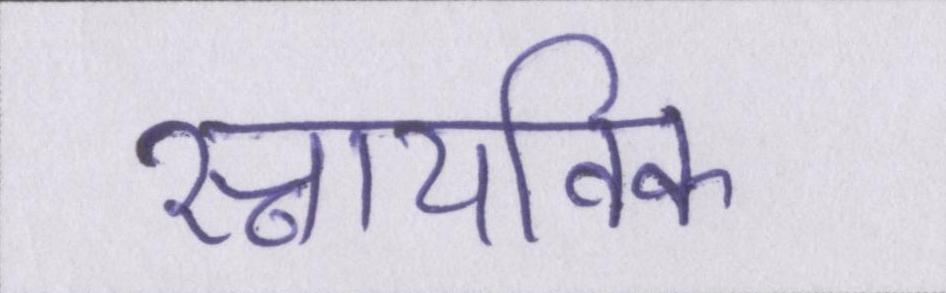
स्नायविक